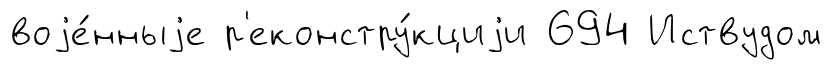
воjе́нныjе р'еконстру́кциjи 694 Иствудом